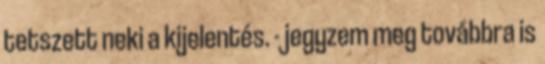
tetszett neki a kijelentés. - jegyzem meg továbbra is